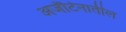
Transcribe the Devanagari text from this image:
अर्जेंटिनातील